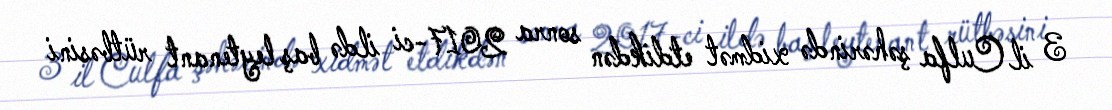
3 il Culfa şəhərində xidmət etdikdən sonra 2017-ci ildə baş leytenant rütbəsini